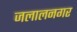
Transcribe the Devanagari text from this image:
जलालनगर